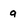
Character: q